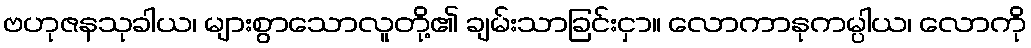
ဗဟုဇနသုခါယ၊ များစွာသောလူတို့၏ ချမ်းသာခြင်းငှာ။ လောကာနုကမ္ပါယ၊ လောကို